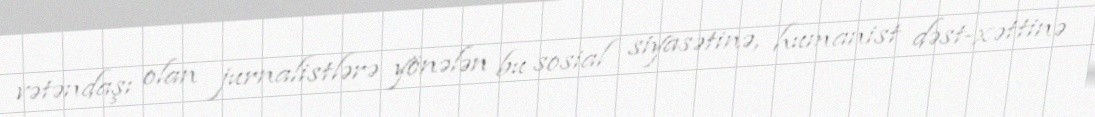
vətəndaşı olan jurnalistlərə yönələn bu sosial siyasətinə, humanist dəst-xəttinə